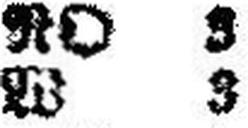
W 3